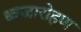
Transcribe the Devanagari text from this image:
ध्‍वजारोहण